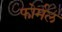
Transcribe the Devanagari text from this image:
फोर्मल